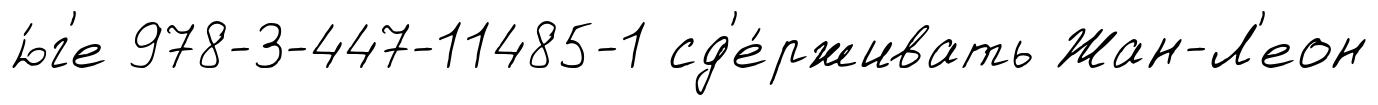
ю́г'е 978-3-447-11485-1 сд'е́рживать Жан-Л'еон